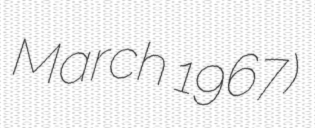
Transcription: March 1967)